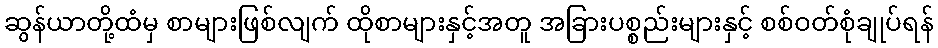
ဆွန်ယာတို့ထံမှ စာများဖြစ်လျက် ထိုစာများနှင့်အတူ အခြားပစ္စည်းများနှင့် စစ်ဝတ်စုံချုပ်ရန်